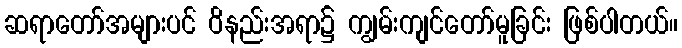
ဆရာတော်အများပင် ဝိနည်းအရာ၌ ကျွမ်းကျင်တော်မူခြင်း ဖြစ်ပါတယ်။